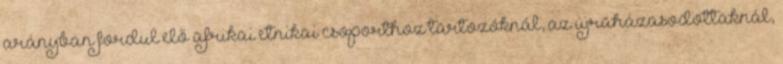
arányban fordul elő afrikai etnikai csoporthoz tartozóknál, az újraházasodottaknál,